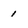
Character: 1